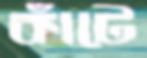
কাঁটে